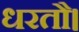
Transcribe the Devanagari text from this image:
धरतौ।